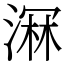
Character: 𣺉